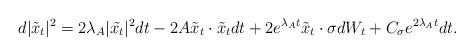
LaTeX: \begin{align*} d|\tilde{x}_t|^2 = 2\lambda_A |\tilde{x_t}|^2 dt - 2 A\tilde{x}_t \cdot \tilde{x}_t dt + 2 e^{\lambda_A t} \tilde{x}_t \cdot \sigma dW_t + C_\sigma e^{2\lambda_A t} dt.\end{align*}